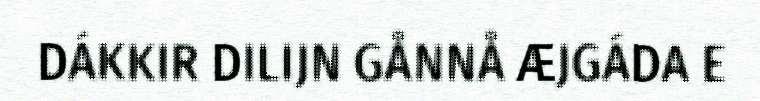
DÁKKIR DILIJN GÅNNÅ ÆJGÁDA E